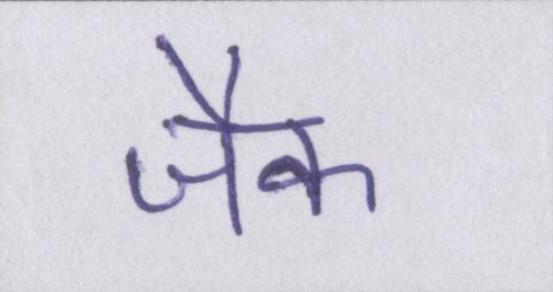
जैक